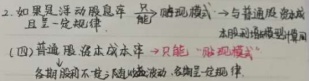
2. 如果是浮动股息率，只晴雨模式→与普通股股息且呈一定规律。
(四)各期股息成本水平，只能用股利贴现模型计算。各期股利不随波动，各期呈一定规律。